Lunatic asylums United Provinces 1909-1921 - 1909-1921
Year: 1909
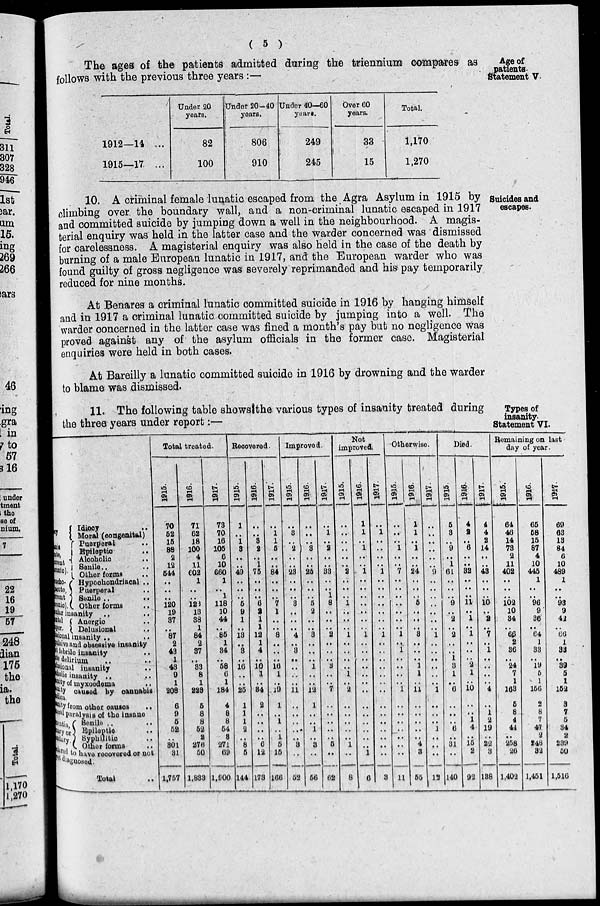
( 5 )
Age of
patients.
Statement V.
The ages of the patients admitted during the triennium compares as
follows with the previous three years :—
1912—14 ...
1915—17. ...
Under 20
years.
82
100
Under 20—40
years.
806
910
Under 40—60
years.
249
245
Over 60
years.
33
15
Total.
1,170
1,270
Suicides and
escapes.
10. A criminal female lunatic escaped from the Agra Asylum in 1915 by
climbing over the boundary wall, and a non-criminal lunatic escaped in 1917
and committed suicide by jumping down a well in the neighbourhood. A magis-
terial enquiry was held in the latter case and the warder concerned was dismissed
for carelessness. A magisterial enquiry was also held in the case of the death by
burning of a male European lunatic in 1917, and the European warder who was
found guilty of gross negligence was severely reprimanded and his pay temporarily
reduced for nine months.
At Benares a criminal lunatic committed suicide in 1916 by hanging himself
and in 1917 a criminal lunatic committed suicide by jumping into a well. The
warder concerned in the latter case was fined a month s pay but no negligence was
proved against any of the asylum officials in the former case. Magisterial
enquiries were held in both cases.
At Bareilly a lunatic committed suicide in 1916 by drowning and the warder
to blame was dismissed.
Types of
insanity.
Statement VI.
11. The following table shows the various types of insanity treated during
the three years under report :—
nia,
ute,
rrent
ronic).
acho-
acute,
rrent
ronic).
Idiocy ..
Moral (congenital)
Puerperal ..
Epileptic
..
Alcoholic ..
Senile.. ..
Other forms ..
Hypochondriacal ..
Puerperal ..
Senile ..
..
Other forms ..
ular insanity .. ..
atal
upor.
Anergic ..
Delusional
..
usional insanity .. ..
exclusive obsessive insanity
tebrile insanity ..
de delirium .. ..
lusional insanity ..
cholic insanity .. ..
anity of myxoedema ..
nity caused by cannabis
indica.
inity from other causes ..
peral paralysis of the insane
mentia,
nary or
dary.
Senile .. ..
Epileptic ..
Syphilitic ..
Other
forms
..
clared to have recovered or not
yet diagnosed.
Total ..
Total treated.
1915
70
52
15
88
2
12
544
..
..
..
120
19
37
..
87
2
43
1
43
9
1
208
6
9
5
52
..
301
31
1,757
1916.
71
62
18
100
4
11
602
l
..
..
123
13
38
1
84
2
37
..
33
8
1
228
5
8
8
52
2
276
50
1,833
1917.
73
70
16
105
6
10
660
1
..
1
118
10
44
..
85
1
34
..
58
6
1
184
4
8
8
54
3
271
69
1,900
Recovered.
1915.
1
..
1
3
..
..
49
..
..
..
5
9
1
..
13
...
3
..
16
..
..
25
1
1
1
2
..
8
5
144
1916.
..
..
3
2
..
1
75
..
..
..
6
2
1
1
12
1
4
..
10
1
..
34
2
..
..
..
..
6
12
173
1917.
..
1
1
5
..
..
84
..
..
..
7
1
..
..
8
..
...
..
16
1
..
19
1
..
1
..
1
5
15
166
Improved.
1915.
..
3
..
2
..
..
23
..
..
..
3
..
..
..
4
..
3
..
..
..
..
11
..
..
..
..
..
3
..
52
1916.
..
..
..
3
..
..
25
..
..
..
5
2
..
..
3
..
..
..
1
..
..
12
1
..
..
1
..
3
..
56
1917.
..
1
..
2
..
..
33
..
..
1
8
..
..
..
2
..
..
..
3
..
..
7
..
..
..
..
..
5
..
62
Not
improved.
1915.
..
..
..
..
..
..
2
..
..
..
1
..
..
..
1
..
..
..
..
1
..
2
..
..
..
..
..
1
..
8
1916.
1
1
..
1
..
..
1
..
..
..
..
..
..
..
1
..
..
..
..
..
..
..
..
..
..
..
..
..
1
6
1917.
..
1
..
..
..
..
1
..
..
..
..
..
..
..
1
..
..
..
..
..
..
..
..
..
..
..
..
..
...
3
Otherwise.
1915.
..
..
..
1
..
..
7
..
..
..
..
..
..
..
1
..
1
..
..
..
..
1
..
..
..
..
..
..
..
11
1916.
1
1
..
1
..
..
24
..
..
..
5
..
..
..
3
..
...
..
1
1
..
11
..
..
..
..
..
4
8
55
1917.
..
..
..
..
..
..
9
..
..
..
..
..
..
..
1
..
..
..
..
..
..
1
..
..
..
1
..
..
...
12
Died.
1915.
5
3
..
9
..
1
61
..
..
..
9
..
2
..
2
..
..
1
3
1
..
6
..
..
..
6
..
31
..
140
1916.
4
2
..
6
..
..
32
..
..
..
11
..
1
..
1
..
..
..
2
1
..
10
..
..
1
4
..
15
2
92
1917.
4
4
2
14
..
..
43
..
..
..
10
..
2
..
7
..
1
..
..
..
..
4
..
1
2
19
..
22
3
138
Remaining on last
day of year.
1915.
64
46
14
73
2
11
402
..
..
..
102
10
34
..
66
2
36
..
24
7
1
163
5
8
4
44
..
258
26
1,402
1916.
65
58
15
87
4
10
445
1
..
..
96
9
36
..
64
1
33
..
19
5
1
156
2
8
7
47
2
248
32
1,451
1917.
69
63
13
84
6
10
489
1
..
..
93
9
42
..
66
1
33
..
39
5
1
152
3
7
5
34
2
239
50
1,516